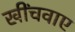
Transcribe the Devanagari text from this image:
खींचवाए